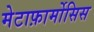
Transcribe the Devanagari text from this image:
मेटाफ़ार्मोसिस